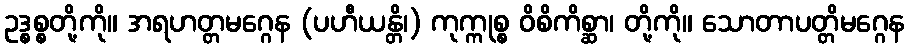
ဥဒ္စစ္စတို့ကို။ အရဟတ္တမဂ္ဂေန (ပဟီယန္တိ၊) ကုက္ကုစ္စ ဝိစိကိစ္ဆာ၊ တို့ကို။ သောတာပတ္တိမဂ္ဂေန